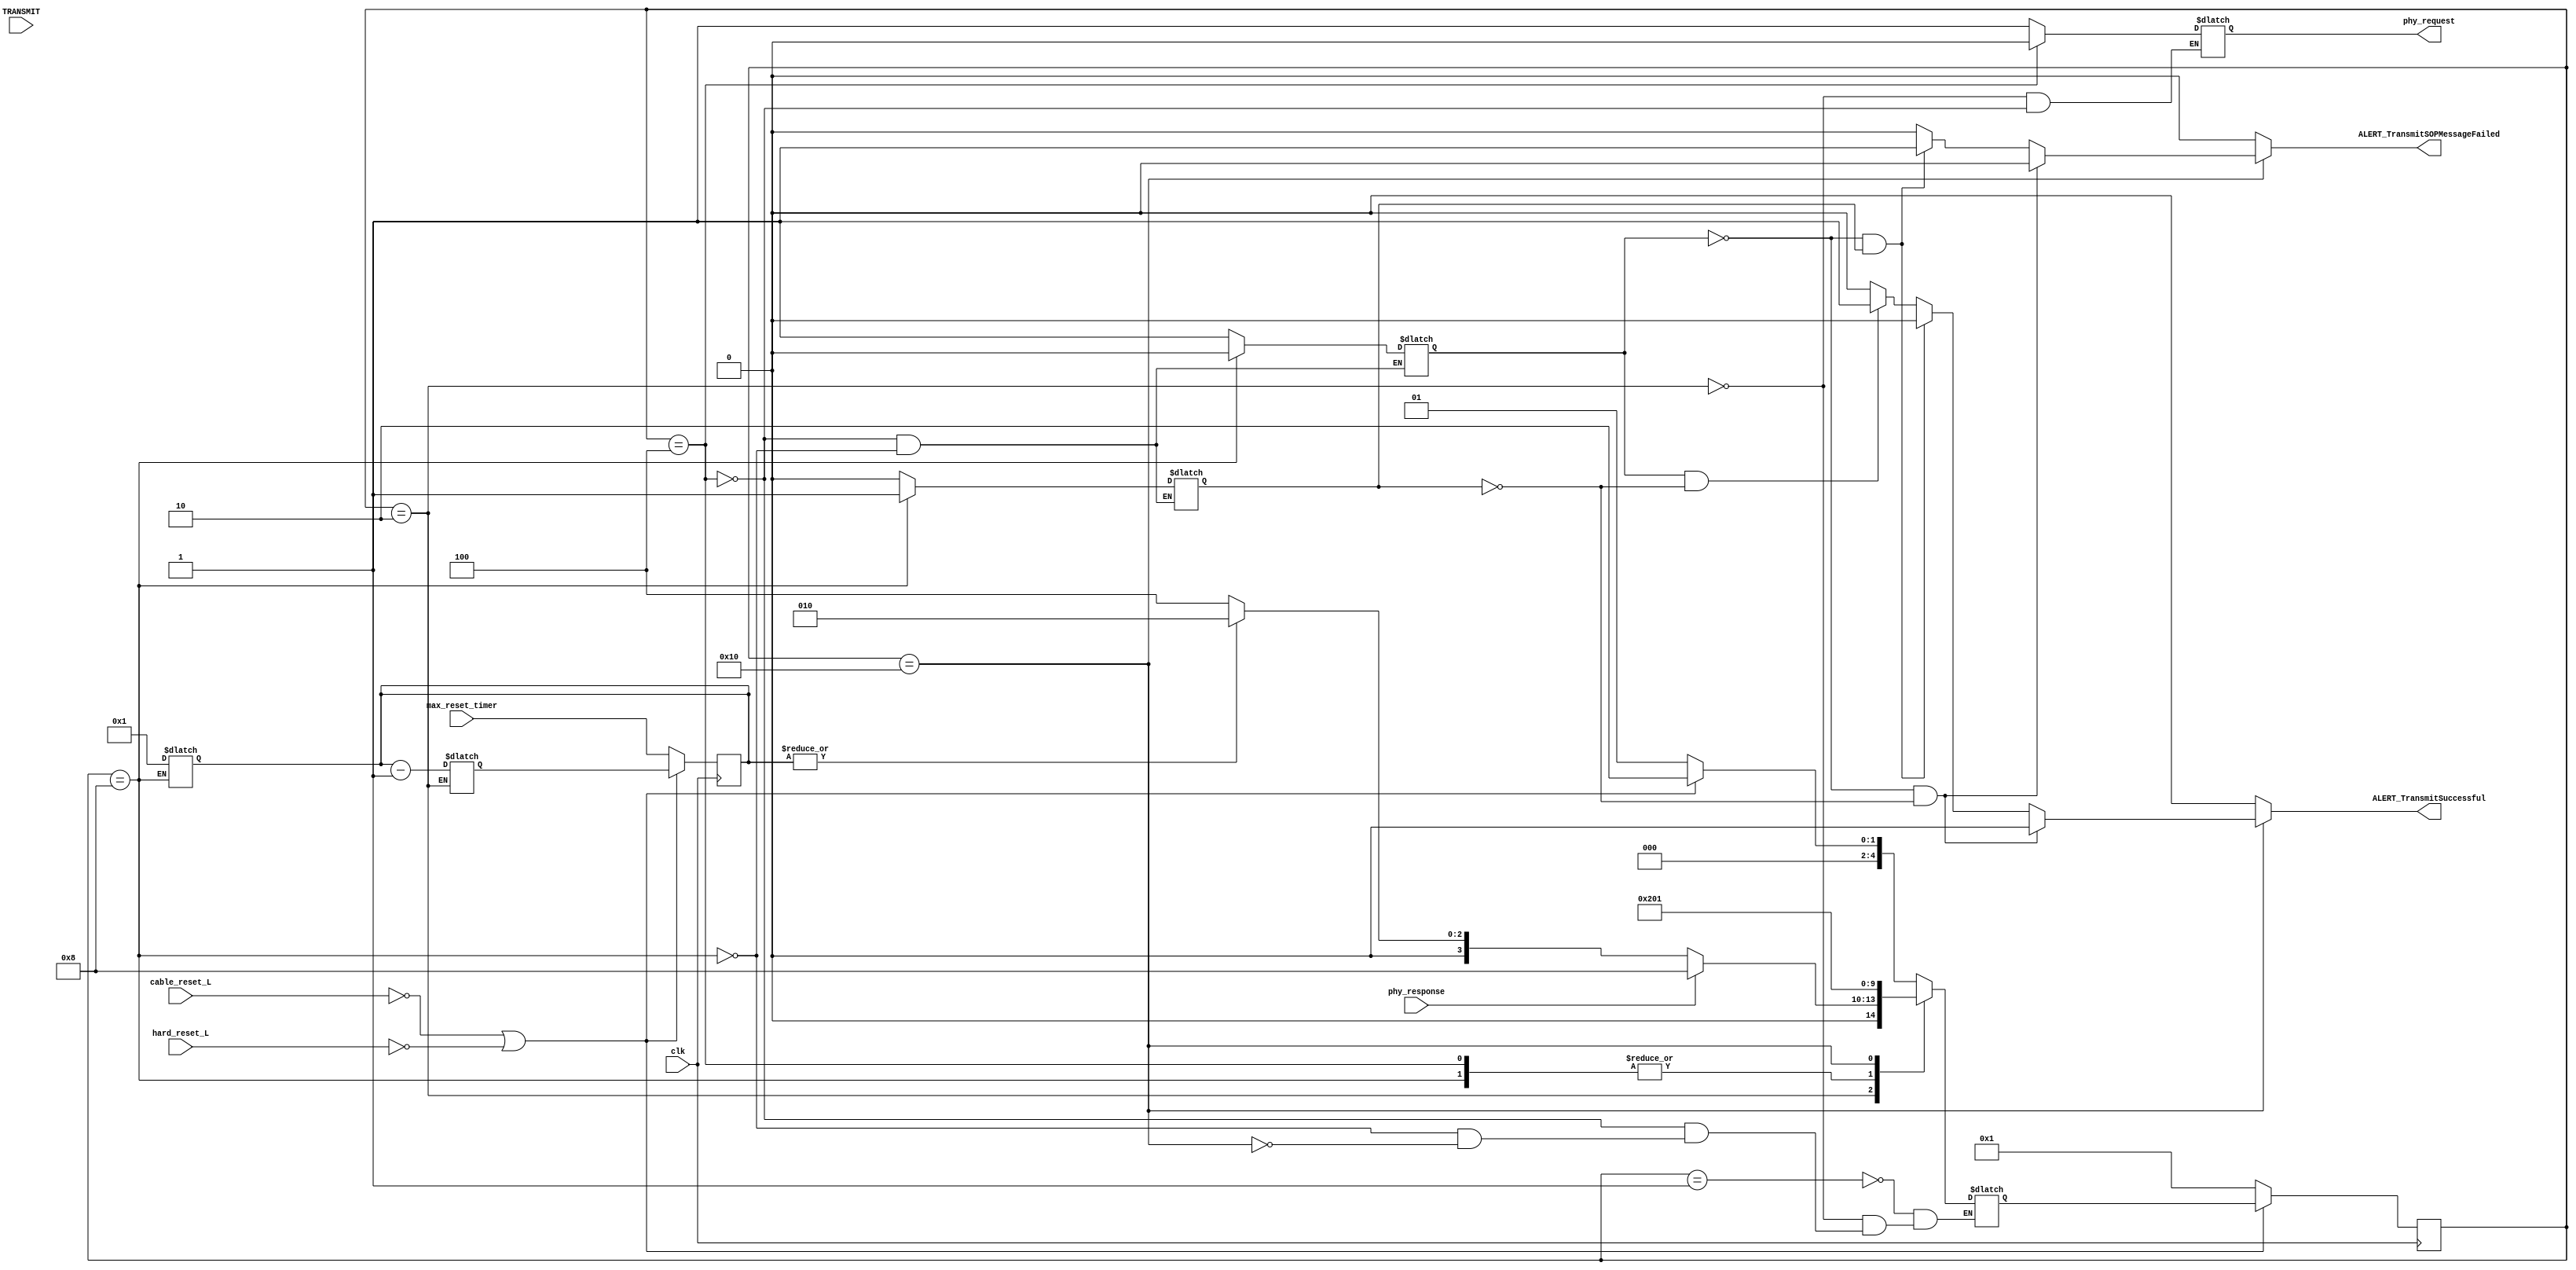
module HardResetTransmission(
		input clk,
		input hard_reset_L, 
		input cable_reset_L, 
		input [31:0] max_reset_timer, 
		input phy_response,
		input [7:0] TRANSMIT, 
		output reg phy_request, 
		output reg ALERT_TransmitSuccessful, 
		output reg ALERT_TransmitSOPMessageFailed);

reg [31:0]	hard_reset_complete_timer;

reg [4:0]	state;
reg [4:0]	next_state;  //el profe dijo que era wire
reg [2:0] 	transmit;	//el profe dijo que era wire
reg [2:0] 	next_transmit;	//el profe dijo que era wire	
wire 		pu_reset_L;
reg [31:0]	next_hard_reset_complete_timer;  //el profe dijo que wire

reg fallo;
reg exito;

///////////////////////////////////////////////////////////////////
//
// Local Wires and Registers
//

localparam	HR_WAIT_FOR_HARD_RESET_REQUEST = 5'b00001;
localparam	HR_CONSTRUCT_MESSAGE = 5'b00010;		
localparam	HR_FAILURE = 5'b00100;
localparam	HR_SUCCESS = 5'b01000;
localparam	HR_REPORT = 5'b10000;

assign expired_timer = ~| hard_reset_complete_timer;
assign pu_reset_L = ~cable_reset_L || ~hard_reset_L ;
///////////////////////////////////////////////////////////////////


//FLIP-FLOPS
always @(posedge clk) 
	begin
	if(~pu_reset_L) 
		begin
		state <= HR_WAIT_FOR_HARD_RESET_REQUEST;	//si el reset es 0, quedese en el primer estado y transmit=0
		transmit <= 3'b000;
		hard_reset_complete_timer <= max_reset_timer;
		end
		
	else	
		begin			//si el reset es 1, pasa al siguiente estado
		state <= next_state;
		transmit <= next_transmit;
		hard_reset_complete_timer <= next_hard_reset_complete_timer;					
	     	end
	end


// logica de proximo estado
always @(*) 	
	begin
	case(state)	
	HR_WAIT_FOR_HARD_RESET_REQUEST:	//estado 1 esperar pedido de reset
		begin
		if(pu_reset_L) 
			begin
			next_state = HR_CONSTRUCT_MESSAGE;
			end
		else 
			begin
			next_state = HR_WAIT_FOR_HARD_RESET_REQUEST;
			end
		end

	HR_CONSTRUCT_MESSAGE:	//estado 2 construir mensaje
		begin
		if(phy_response)
			begin
			next_state = HR_SUCCESS;
			end
		else 
			if(expired_timer) 
				begin
				next_state = HR_FAILURE;
                   		end
			else 
				next_state = HR_CONSTRUCT_MESSAGE;
		end

	HR_FAILURE:	//estado 3 fallo
		begin
		next_state = HR_REPORT;
		end
			   
	HR_SUCCESS:	//estado 4 xito
		begin
		next_state = HR_REPORT;
		end
			   		
	HR_REPORT:	//estado 5 mandar reporte
		begin
		next_state = HR_WAIT_FOR_HARD_RESET_REQUEST;
		end	
	endcase
   	end

//LOGICA DE SALIDAS

always @(*) 	begin

ALERT_TransmitSOPMessageFailed	<= 0;
ALERT_TransmitSuccessful <= 0;

	case(state)	
	   HR_WAIT_FOR_HARD_RESET_REQUEST:				
			if(~hard_reset_L)
			   begin
				next_transmit = 3'b101;
			   end

			else if(~cable_reset_L)
			   begin
				next_transmit = 3'b110;
			   end

	   HR_CONSTRUCT_MESSAGE:
			begin
			next_hard_reset_complete_timer = hard_reset_complete_timer - 1; //start hard reset complete timer
			phy_request = 1'b1;	//request phy to send hard or cable reset
			end

	   HR_FAILURE:	 
				begin //si el contador llego a 0
			phy_request = 1'b0;	//decirle al phy que deje de enviar hard o cable reset	
			fallo = 1;		//fallo1, exito0
			exito = 0;				
 				end
	   HR_SUCCESS:		
			 	begin		
			hard_reset_complete_timer = 32'b1;	//parar el contador, pone el contador en 1	
			fallo = 0;		//fallo0, exito1
			exito = 1;	
				end
	   HR_REPORT:	
			if (~fallo && ~exito)
					begin
			ALERT_TransmitSOPMessageFailed	<= 1'b0;	//no hay fallo
			ALERT_TransmitSuccessful <= 1'b0;        //no hay exito
					end

			else if (~fallo && exito)
					begin
			ALERT_TransmitSOPMessageFailed	<= 1'b1;	//mensaje de fallo
			ALERT_TransmitSuccessful <= 1'b0; //mensaje de exito
					end

			else if (fallo && ~exito)
					begin
			ALERT_TransmitSOPMessageFailed	<= 1'b0;	//mensaje de fallo
			ALERT_TransmitSuccessful <= 1'b1; //mensaje de exito
					end
	endcase
   		end

endmodule